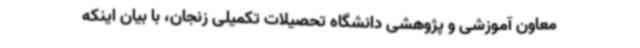
معاون آموزشی و پژوهشی دانشگاه تحصیلات تکمیلی زنجان، با بیان اینکه